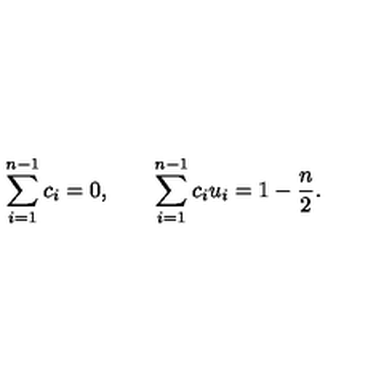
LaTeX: \sum _ { i = 1 } ^ { n - 1 } c _ { i } = 0 , \qquad \sum _ { i = 1 } ^ { n - 1 } c _ { i } u _ { i } = 1 - { \frac { n } { 2 } } .